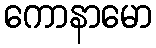
ကောနာမော